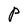
Character: P